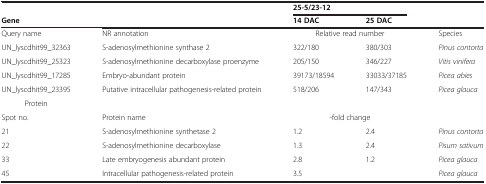
<table><thead><tr><td></td><td></td><td colspan="2"><b>25-5/23-12</b></td><td></td></tr><tr><td><b>Gene</b></td><td></td><td><b>14 DAC</b></td><td><b>25 DAC</b></td><td></td></tr></thead><tbody><tr><td>Query name</td><td>NR annotation</td><td colspan="2">Relative read number</td><td>Species</td></tr><tr><td>UN_lyscdhit99_32363</td><td>S-adenosylmethionine synthase 2</td><td>322/180</td><td>380/303</td><td><i>Pinus contorta</i></td></tr><tr><td>UN_lyscdhit99_25323</td><td>S-adenosylmethionine decarboxylase proenzyme</td><td>205/150</td><td>346/227</td><td><i>Vitis vinifera</i></td></tr><tr><td>UN_lyscdhit99_17285</td><td>Embryo-abundant protein</td><td>39173/18594</td><td>33033/37185</td><td><i>Picea abies</i></td></tr><tr><td>UN_lyscdhit99_23395</td><td>Putative intracellular pathogenesis-related protein</td><td>518/206</td><td>147/343</td><td><i>Picea glauca</i></td></tr><tr><td>Protein</td><td></td><td></td><td></td><td></td></tr><tr><td>Spot no.</td><td>Protein name</td><td colspan="2">-fold change</td><td></td></tr><tr><td>21</td><td>S-adenosylmethionine synthetase 2</td><td>1.2</td><td>2.4</td><td><i>Pinus contorta</i></td></tr><tr><td>22</td><td>S-adenosylmethionine decarboxylase</td><td>1.3</td><td>2.4</td><td><i>Pisum sativum</i></td></tr><tr><td>33</td><td>Late embryogenesis abundant protein</td><td>2.8</td><td>1.2</td><td><i>Picea glauca</i></td></tr><tr><td>45</td><td>Intracellular pathogenesis-related protein</td><td>3.5</td><td></td><td><i>Picea glauca</i></td></tr></tbody></table>